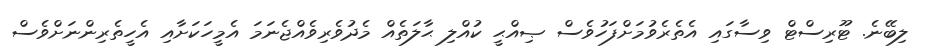
ލިބޭނެ. ޓޫރިސްޓް ވިސާގައި އެތެރެވުމަށްފަހުވެސް ޞިއްޙީ ކުއްލި ޙާލަތެއް މެދުވެރިވެއްޖެނަމަ އެމީހަކަށާއި އެހީތެރިންނަށްވެސް